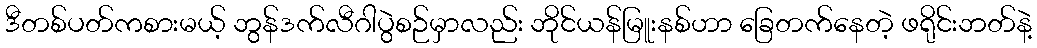
ဒီတစ်ပတ်ကစားမယ့် ဘွန်ဒက်လီဂါပွဲစဉ်မှာလည်း ဘိုင်ယန်မြူးနစ်ဟာ ခြေတက်နေတဲ့ ဖရိုင်းဘတ်နဲ့